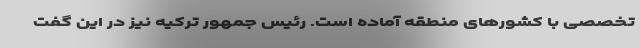
تخصصی با کشورهای منطقه آماده است. رئیس جمهور ترکیه نیز در این گفت